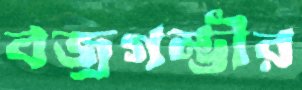
বজ্রগম্ভীর